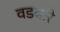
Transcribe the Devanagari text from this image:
वडबारे